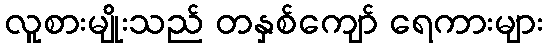
လူစားမျိုးသည် တနှစ်ကျော် ရေကားများ